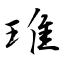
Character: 琟